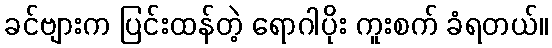
ခင်ဗျားက ပြင်းထန်တဲ့ ရောဂါပိုး ကူးစက် ခံရတယ်။